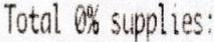
TOTAL 0% SUPPLIES: